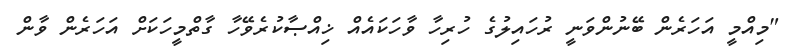
"މިއްމީ އަހަރެން ބޭނުންވަނީ ރުހައިލުގެ ހުރިހާ ވާހަކައެއް ޚިއްޞާކުރެވޭހާ ގާތްމީހަކަށް އަހަރެން ވާން